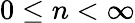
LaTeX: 0\leq n<\infty